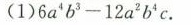
(1)6a^{4} b^{3}-12 a^{2} b^{4} c.